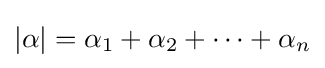
|\alpha |=\alpha _{1}+\alpha _{2}+\cdots +\alpha _{n}